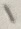
Text: 1